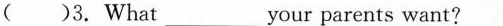
( )3. What___your parents want?